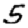
Digit: 5